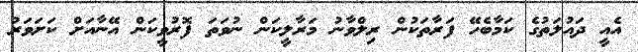
އެއީ ދައުލަތުގެ ކަމާބެހޭ ފަރާތަކުން ރިލްވާނު މަރާލީކަން ނުވަތަ ފޮރުވީކަން އޭނާއަށް ކަށަވަރު